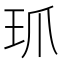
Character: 𤣺